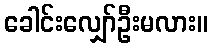
ခေါင်းလျှော်ဦးမလား။